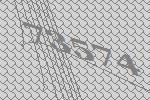
73574